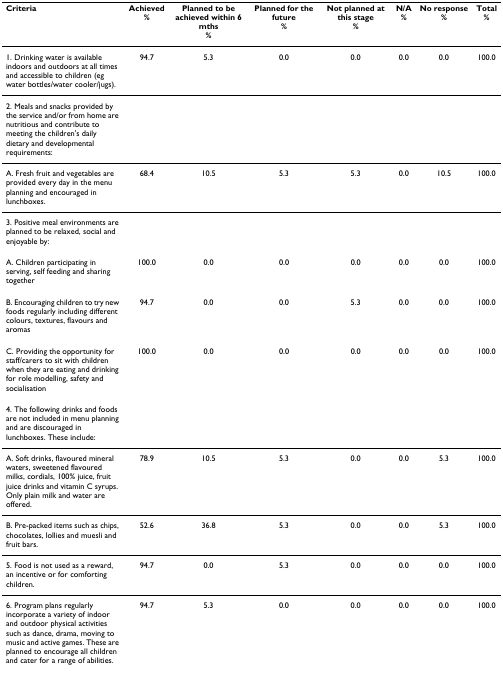
<table><thead><tr><td><b>Criteria</b></td><td><b>Achieved%</b></td><td><b>Planned to be achieved within 6 mths%</b></td><td><b>Planned for the future%</b></td><td><b>Not planned at this stage%</b></td><td><b>N/A%</b></td><td><b>No response%</b></td><td><b>Total%</b></td></tr></thead><tbody><tr><td>1. Drinking water is available indoors and outdoors at all times and accessible to children (eg water bottles/water cooler/jugs).</td><td>94.7</td><td>5.3</td><td>0.0</td><td>0.0</td><td>0.0</td><td>0.0</td><td>100.0</td></tr><tr><td>2. Meals and snacks provided by the service and/or from home are nutritious and contribute to meeting the children&#x27;s daily dietary and developmental requirements:</td><td></td><td></td><td></td><td></td><td></td><td></td><td></td></tr><tr><td>A. Fresh fruit and vegetables are provided every day in the menu planning and encouraged in lunchboxes.</td><td>68.4</td><td>10.5</td><td>5.3</td><td>5.3</td><td>0.0</td><td>10.5</td><td>100.0</td></tr><tr><td>3. Positive meal environments are planned to be relaxed, social and enjoyable by:</td><td></td><td></td><td></td><td></td><td></td><td></td><td></td></tr><tr><td>A. Children participating in serving, self feeding and sharing together</td><td>100.0</td><td>0.0</td><td>0.0</td><td>0.0</td><td>0.0</td><td>0.0</td><td>100.0</td></tr><tr><td>B. Encouraging children to try new foods regularly including different colours, textures, flavours and aromas</td><td>94.7</td><td>0.0</td><td>0.0</td><td>5.3</td><td>0.0</td><td>0.0</td><td>100.0</td></tr><tr><td>C. Providing the opportunity for staff/carers to sit with children when they are eating and drinking for role modelling, safety and socialisation</td><td>100.0</td><td>0.0</td><td>0.0</td><td>0.0</td><td>0.0</td><td>0.0</td><td>100.0</td></tr><tr><td>4. The following drinks and foods are not included in menu planning and are discouraged in lunchboxes. These include:</td><td></td><td></td><td></td><td></td><td></td><td></td><td></td></tr><tr><td>A. Soft drinks, flavoured mineral waters, sweetened flavoured milks, cordials, 100% juice, fruit juice drinks and vitamin C syrups. Only plain milk and water are offered.</td><td>78.9</td><td>10.5</td><td>5.3</td><td>0.0</td><td>0.0</td><td>5.3</td><td>100.0</td></tr><tr><td>B. Pre-packed items such as chips, chocolates, lollies and muesli and fruit bars.</td><td>52.6</td><td>36.8</td><td>5.3</td><td>0.0</td><td>0.0</td><td>5.3</td><td>100.0</td></tr><tr><td>5. Food is not used as a reward, an incentive or for comforting children.</td><td>94.7</td><td>0.0</td><td>5.3</td><td>0.0</td><td>0.0</td><td>0.0</td><td>100.0</td></tr><tr><td>6. Program plans regularly incorporate a variety of indoor and outdoor physical activities such as dance, drama, moving to music and active games. These are planned to encourage all children and cater for a range of abilities.</td><td>94.7</td><td>5.3</td><td>0.0</td><td>0.0</td><td>0.0</td><td>0.0</td><td>100.0</td></tr></tbody></table>